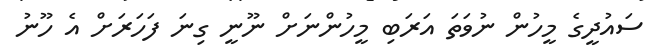
ސައުދީގެ މީހުން ނުވަތަ އަރަބި މީހުންނަށް ނޫނީ ގިނަ ފަހަރަށް އެ ހޫނު